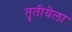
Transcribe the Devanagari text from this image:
तॄतीयेला